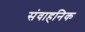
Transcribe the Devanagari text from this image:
संवाहनिक